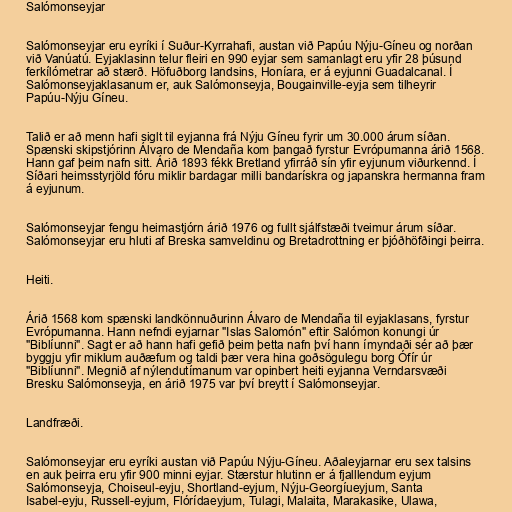
Salómonseyjar

Salómonseyjar eru eyríki í Suður-Kyrrahafi, austan við Papúu Nýju-Gíneu og norðan
við Vanúatú. Eyjaklasinn telur fleiri en 990 eyjar sem samanlagt eru yfir 28 þúsund
ferkílómetrar að stærð. Höfuðborg landsins, Honíara, er á eyjunni Guadalcanal. Í
Salómonseyjaklasanum er, auk Salómonseyja, Bougainville-eyja sem tilheyrir
Papúu-Nýju Gíneu.

Talið er að menn hafi siglt til eyjanna frá Nýju Gíneu fyrir um 30.000 árum síðan.
Spænski skipstjórinn Álvaro de Mendaña kom þangað fyrstur Evrópumanna árið 1568.
Hann gaf þeim nafn sitt. Árið 1893 fékk Bretland yfirráð sín yfir eyjunum viðurkennd. Í
Síðari heimsstyrjöld fóru miklir bardagar milli bandarískra og japanskra hermanna fram
á eyjunum.

Salómonseyjar fengu heimastjórn árið 1976 og fullt sjálfstæði tveimur árum síðar.
Salómonseyjar eru hluti af Breska samveldinu og Bretadrottning er þjóðhöfðingi þeirra.

Heiti.

Árið 1568 kom spænski landkönnuðurinn Álvaro de Mendaña til eyjaklasans, fyrstur
Evrópumanna. Hann nefndi eyjarnar "Islas Salomón" eftir Salómon konungi úr
"Biblíunni". Sagt er að hann hafi gefið þeim þetta nafn því hann ímyndaði sér að þær
byggju yfir miklum auðæfum og taldi þær vera hina goðsögulegu borg Ófír úr
"Biblíunni". Megnið af nýlendutímanum var opinbert heiti eyjanna Verndarsvæði
Bresku Salómonseyja, en árið 1975 var því breytt í Salómonseyjar.

Landfræði.

Salómonseyjar eru eyríki austan við Papúu Nýju-Gíneu. Aðaleyjarnar eru sex talsins
en auk þeirra eru yfir 900 minni eyjar. Stærstur hlutinn er á fjalllendum eyjum
Salómonseyja, Choiseul-eyju, Shortland-eyjum, Nýju-Georgíueyjum, Santa
Isabel-eyju, Russell-eyjum, Flórídaeyjum, Tulagi, Malaita, Marakasike, Ulawa,